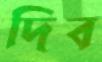
দিব